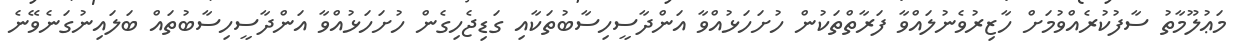
މަޢުލޫމާތު ސާފުކުރެއްވުމަށް ހާޒިރުވެނުލައްވާ ފަރާތްތަކުން ހުށަހަޅުއްވާ އަންދާސީހިސާބުތަކާއި ގަޑިޖެހިގެން ހުށަހަޅުއްވާ އަންދާސީހިސާބުތައް ބަލައިނުގަނެވޭނެ